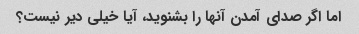
اما اگر صدای آمدن آنها را بشنوید، آیا خیلی دیر نیست؟